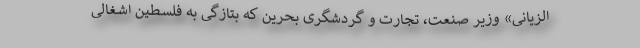
الزیانی» وزیر صنعت، تجارت و گردشگری بحرین که بتازگی به فلسطین اشغالی